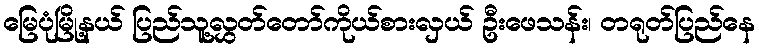
မြေပုံမြို့နယ် ပြည်သူ့လွှတ်တော်ကိုယ်စားလှယ် ဦးဖေသန်း၊ တရုတ်ပြည်နေ